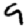
Digit: 9